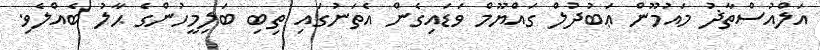
އަލްއުސްތާޛު މައުމޫން ޢަބުދުލް ގައްޔޫމް ވަޑައިގެން އެތަނުގައި ތިބި ބަލިމީހުންގެ ޙާލު ބެއްލެވި.